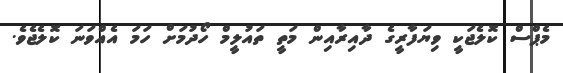
މެޕްސް ކޮލެޖަކީ ވިޔަފާރީގެ ދާއިރާއިން މަތީ ތައުލީމް ހޯދުމަށް ހަމަ އެއްވަނަ ކޮލެޖެވެ.